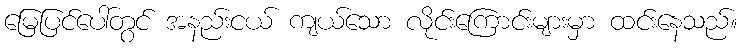
မြေပြင်ပေါ်တွင် အနည်းငယ် ကျယ်သော လိုင်းကြောင်းများမှာ ထင်းနေသည်။